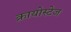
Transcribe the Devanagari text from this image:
क्रायोस्टेज